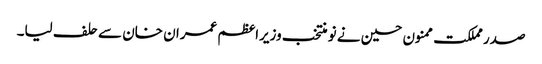
صدر مملکت ممنون حسین نے نو منتخب وزیراعظم عمران خان سے حلف لیا۔